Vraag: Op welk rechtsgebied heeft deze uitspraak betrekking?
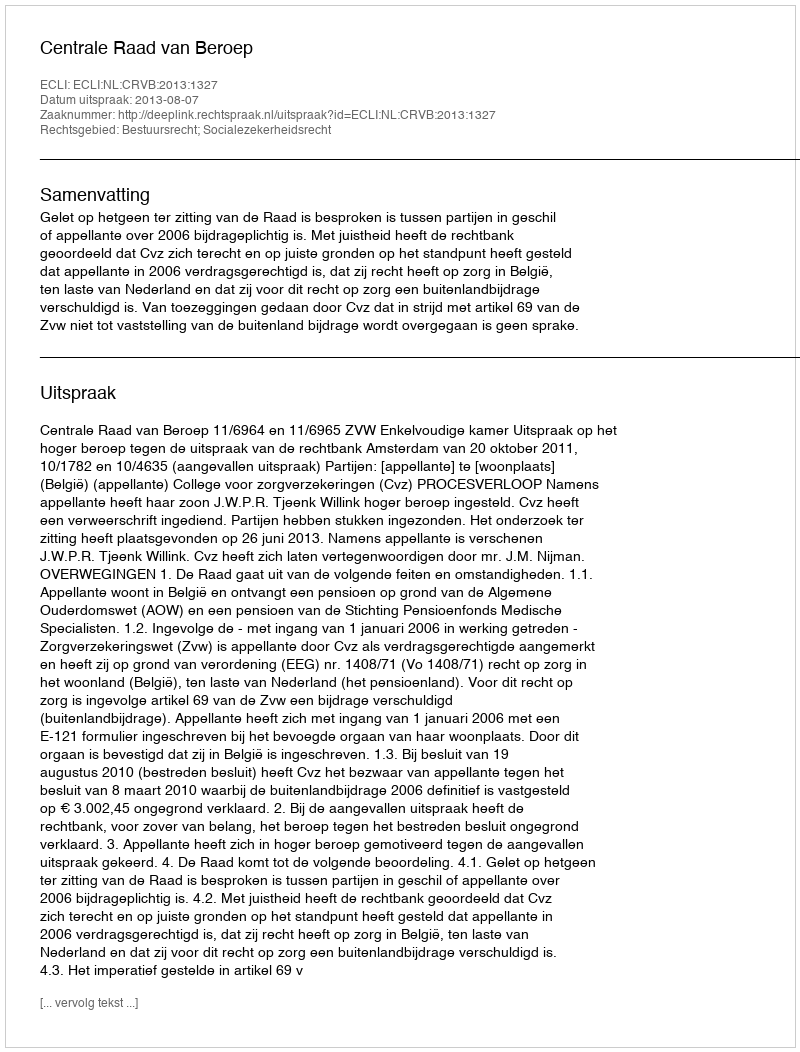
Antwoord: Bestuursrecht; Socialezekerheidsrecht